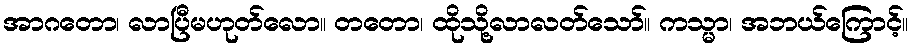
အာဂတော၊ လာပြီမဟုတ်လော။ တတော၊ ထိုသို့လာလတ်သော်။ ကသ္မာ၊ အဘယ်ကြောင့်။